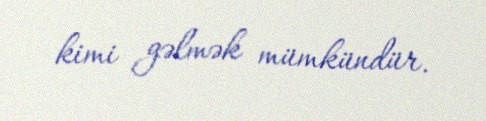
kimi gəlmək mümkündür.